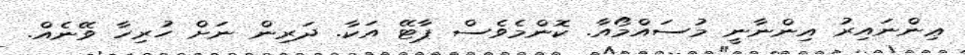
ޢިންނައިރު އިންނާނީ މުސައްމޯއާ. ކޮންމެވެސް ޕާޓޭ އަކާ. ދަރިން ނަށް ހުރިހާ ވޭނެއް.